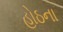
હોઠના